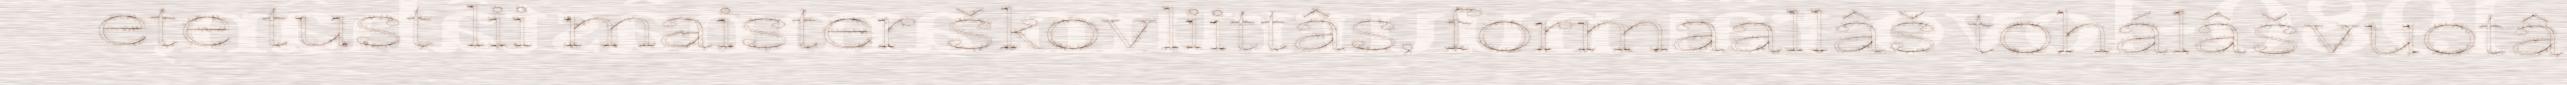
ete tust lii maister škovliittâs, formaallâš tohálâšvuotâ